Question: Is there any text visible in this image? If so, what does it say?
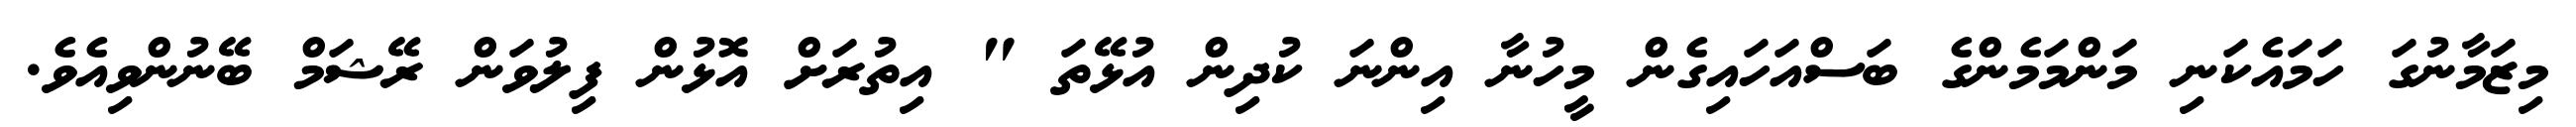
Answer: މިޒަމާނުގަ ހަމައެކަނި މަންމަމެންގެ ބަސްއަހައިގެން މީހުނާ އިންނަ ކުދިން އުޅޭތަ " އިތުރަށް އޮޅުން ފިލުވަން ރޭޝަމް ބޭނުންވިއެވެ.